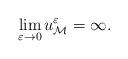
LaTeX: \begin{align*} \lim_{\varepsilon\rightarrow 0}u^\varepsilon_\mathcal{M}=\infty. \end{align*}